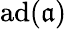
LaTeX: \operatorname{a\mathrm{d}}({\mathfrak{{a}}})